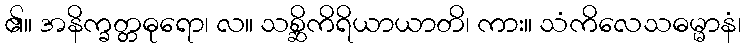
၏။ အနိက္ခတ္တဓုရော၊ လ။ သစ္ဆိကိရိယာယာတိ၊ ကား။ သံကိလေသဓမ္မာနံ၊